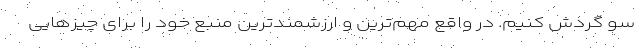
سو گردش کنیم. در واقع مهم‌ترین و ارزشمندترین منبع خود را برای چیزهایی